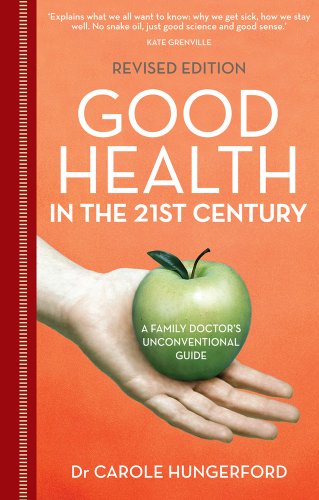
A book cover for Good Health in the 21st Century: A Family Doctor's Unconventional Guide; Dr. Carole Hungerford; Health, Fitness & Dieting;